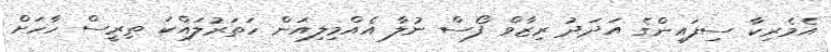
އެމެރިކާ ސިފައިންގެ އަދަދު ރިޒާވް ފޯސް ނުލާ އެއްމިލިއަން ހަތަރުލައްކަ ތިރީސް ހާހަށް